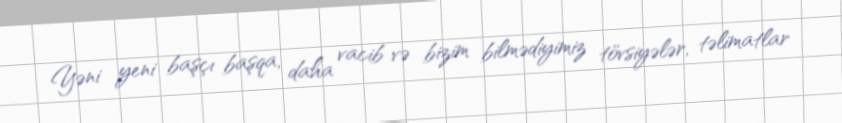
Yəni yeni başçı başqa, daha vacib və bizim bilmədiyimiz tövsiyələr, təlimatlar